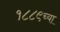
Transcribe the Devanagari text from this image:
१८८९च्या